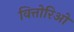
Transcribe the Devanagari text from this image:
वित्तोरिओ